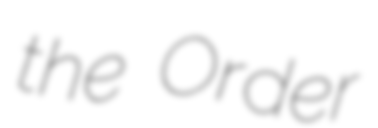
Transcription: the Order